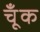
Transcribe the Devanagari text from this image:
चूँक